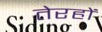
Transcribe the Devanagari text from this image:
तेरहों